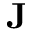
{ \bf J }